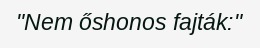
"Nem őshonos fajták:"